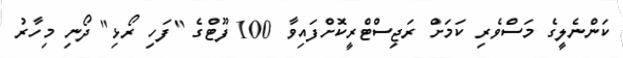
ކަންނެލީގެ މަސްވެރި ކަމަށް ރަޖިސްޓްރީކޮށްފައިވާ 100 ފޫޓްގެ "ފަހި ރޯޅި" ދޯނި މިހާރު